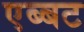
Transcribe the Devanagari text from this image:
एब्बट